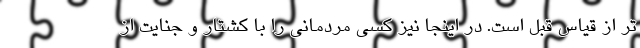
تر از قیاس قبل است. در اینجا نیز کسی مردمانی را با کشتار و جنایت از